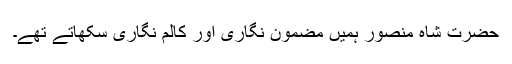
حضرت شاہ منصور ہمیں مضمون نگاری اور کالم نگاری سکھاتے تھے۔